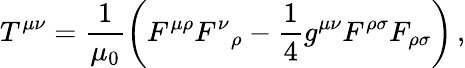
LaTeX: T^{\mu\nu}=\frac{1}{\mu_{0}}\left(F^{\mu\rho}{F^{\nu}}_{\rho}-\frac{1}{4}g^{\mu\nu}F^{\rho\sigma}F_{\rho\sigma}\right)\, ,